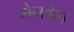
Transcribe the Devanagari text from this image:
मेनकैप